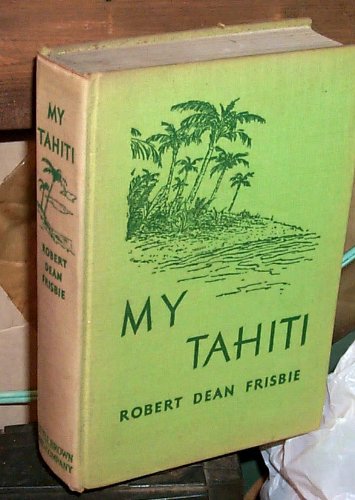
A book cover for My Tahiti; Robert Dean Frisbie; Travel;